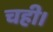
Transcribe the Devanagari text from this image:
चही।